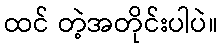
ထင် တဲ့အတိုင်းပါပဲ။